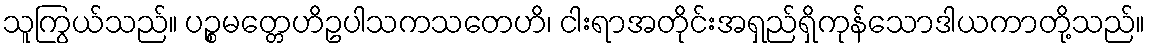
သူကြွယ်သည်။ ပဉ္စမတ္တေဟိဥပါသကသတေဟိ၊ ငါးရာအတိုင်းအရှည်ရှိကုန်သောဒါယကာတို့သည်။